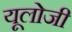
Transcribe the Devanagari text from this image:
यूलोजी